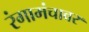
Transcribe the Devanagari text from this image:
रंगामंचावर